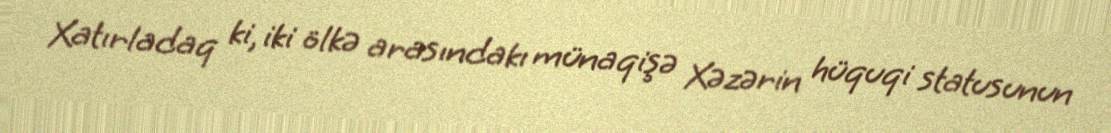
Xatırladaq ki, iki ölkə arasındakı münaqişə Xəzərin hüquqi statusunun